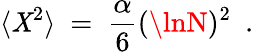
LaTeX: \langle\mathit{X}^{2}\rangle~=~\frac{{\alpha}}{{6}}(\lnN)^{2}~~.